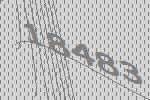
18483